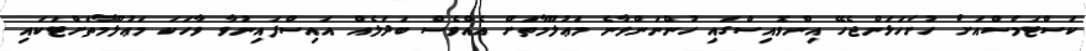
ކަސްޓަމްސްއަށް ހުށަހަޅަންޖެހޭ އިންވޮއިސްގައި ހުންނަންވާނެ މަޢުލޫމާތަށް އެއްވެސް ބަދަލެއް އައިސްފައިނުވާ ވާހަކަ މަޢުލޫމާތަށްޓަކައި